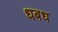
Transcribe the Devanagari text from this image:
धबध